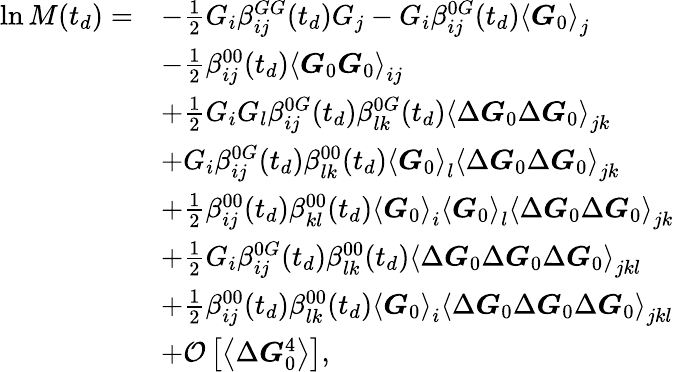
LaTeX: \begin{array}{rl}{\ln M(t_{d})=}&{-\frac{1}{2}G_{i}\beta_{ij}^{GG}(t_{d})G_{j}-G_{i}\beta_{ij}^{0G}(t_{d})\left\langle\boldsymbol{G}_{0}\right\rangle_{j}}\\ &{-\frac{1}{2}\beta_{ij}^{00}(t_{d})\left\langle\boldsymbol{G}_{0}\boldsymbol{G}_{0}\right\rangle_{ij}}\\ &{+\frac{1}{2}G_{i}G_{l}\beta_{ij}^{0G}(t_{d})\beta_{lk}^{0G}(t_{d})\left\langle\Delta\boldsymbol{G}_{0}\Delta\boldsymbol{G}_{0}\right\rangle_{jk}}\\ &{+G_{i}\beta_{ij}^{0G}(t_{d})\beta_{lk}^{00}(t_{d})\left\langle\boldsymbol{G}_{0}\right\rangle_{l}\left\langle\Delta\boldsymbol{G}_{0}\Delta\boldsymbol{G}_{0}\right\rangle_{jk}}\\ &{+\frac{1}{2}\beta_{ij}^{00}(t_{d})\beta_{kl}^{00}(t_{d})\left\langle\boldsymbol{G}_{0}\right\rangle_{i}\left\langle\boldsymbol{G}_{0}\right\rangle_{l}\left\langle\Delta\boldsymbol{G}_{0}\Delta\boldsymbol{G}_{0}\right\rangle_{jk}}\\ &{+\frac{1}{2}G_{i}\beta_{ij}^{0G}(t_{d})\beta_{lk}^{00}(t_{d})\left\langle\Delta\boldsymbol{G}_{0}\Delta\boldsymbol{G}_{0}\Delta\boldsymbol{G}_{0}\right\rangle_{jkl}}\\ &{+\frac{1}{2}\beta_{ij}^{00}(t_{d})\beta_{lk}^{00}(t_{d})\left\langle\boldsymbol{G}_{0}\right\rangle_{i}\left\langle\Delta\boldsymbol{G}_{0}\Delta\boldsymbol{G}_{0}\Delta\boldsymbol{G}_{0}\right\rangle_{jkl}}\\ &{+\mathcal{O}\left[\left\langle\Delta\boldsymbol{G}_{0}^{4}\right\rangle\right],}\end{array}